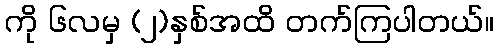
ကို ၆လမှ (၂)နှစ်အထိ တက်ကြပါတယ်။